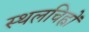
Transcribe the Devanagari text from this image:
स्थलचिह्रों